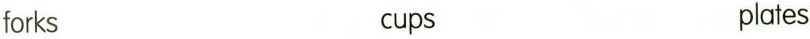
forks cups plates